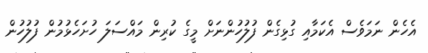
އެހެން ނަމަވެސް އެކަމާއި ގުޅިގެން ފުލުހުންނަށް މީގެ ކުރިން މައްސަލަ ހުށަހެޅުމުން ފުލުހުން